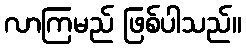
လာကြမည် ဖြစ်ပါသည်။